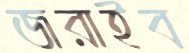
জরাইব